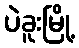
ပဲခူးမြို့